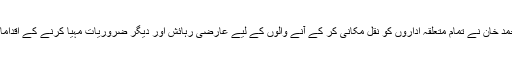
خیبر پختونخواہ کے گورنر مہتاب احمد خان نے تمام متعلقہ اداروں کو نقل مکانی کر کے آنے والوں کے لیے عارضی رہائش اور دیگر ضروریات مہیا کرنے کے اقدامات کو یقینی بنانے کی ہدایت کی ہے۔